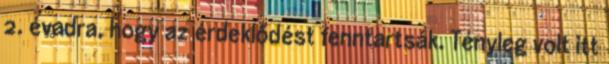
2. évadra, hogy az érdeklődést fenntartsák. Tényleg volt itt